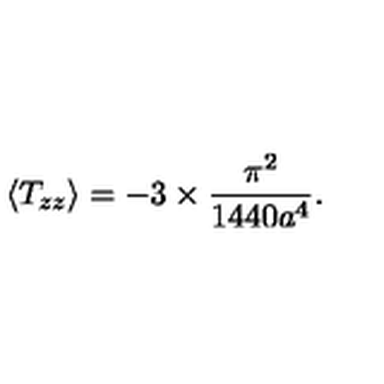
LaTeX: \langle T _ { z z } \rangle = - 3 \times \frac { \pi ^ { 2 } } { 1 4 4 0 a ^ { 4 } } .